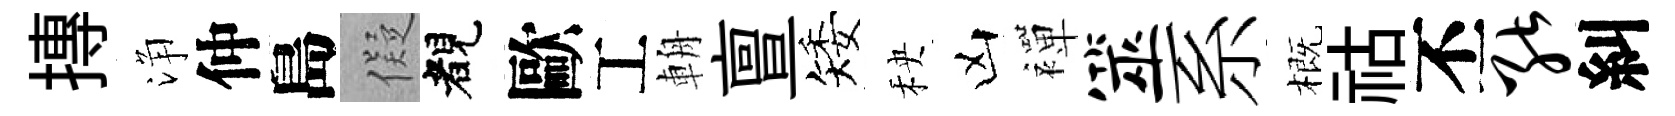
摶浄仲島儗睹歐工輈亶矮秧凶襌筮系概祜丕能糾